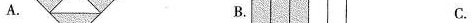
A. B. C.